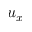
u _ { x }